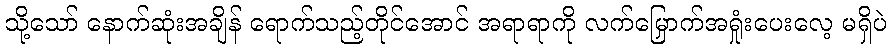
သို့သော် နောက်ဆုံးအချိန် ရောက်သည့်တိုင်အောင် အရာရာကို လက်မြှောက်အရှုံးပေးလေ့ မရှိပဲ